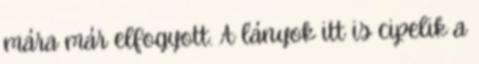
mára már elfogyott. A lányok itt is cipelik a